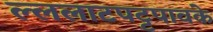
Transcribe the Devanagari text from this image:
ल्ललाटपट्टपावके